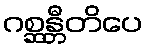
ဂစ္ဆန္တီတိပေ